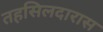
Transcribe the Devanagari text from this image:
तहसिलदारास